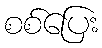
စစ်ပြေး